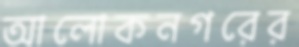
আলোকনগরের